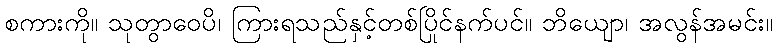
စကားကို။ သုတွာဝေပိ၊ ကြားရသည်နှင့်တစ်ပြိုင်နက်ပင်။ ဘိယျော၊ အလွန်အမင်း။